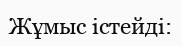
Жұмыс істейді: